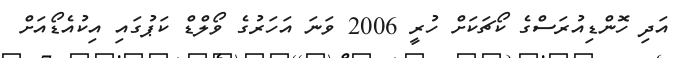
އަދި ހޮންޑިއުރަސްގެ ކޯޗަކަށް ހުރީ 2006 ވަނަ އަހަރުގެ ވޯލްޑް ކަޕުގައި އިކުއެޑޯއަށް